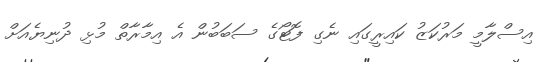
އިސްލާމީ މަރުކަޒު ކައިރީގައި ނެގި ފޮޓޯގެ ސަބަބުން އެ އިމާރާތް މުޅި ދުނިޔެއަށް